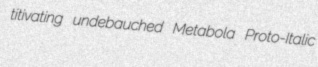
titivating undebauched Metabola Proto-Italic